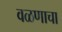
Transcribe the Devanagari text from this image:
वळणाचा